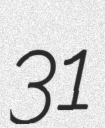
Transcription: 31